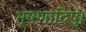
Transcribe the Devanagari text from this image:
भूषणादिषु।